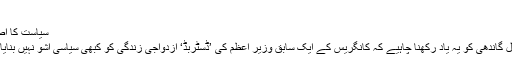
‘
سیاست کا اصول
راہول گاندھی کو یہ یاد رکھنا چاہیے کہ کانگریس کے ایک سابق وزیر اعظم کی ’ڈسٹربڈ‘ ازدواجی زندگی کو کبھی سیاسی اشو نہیں بنایا گیا۔